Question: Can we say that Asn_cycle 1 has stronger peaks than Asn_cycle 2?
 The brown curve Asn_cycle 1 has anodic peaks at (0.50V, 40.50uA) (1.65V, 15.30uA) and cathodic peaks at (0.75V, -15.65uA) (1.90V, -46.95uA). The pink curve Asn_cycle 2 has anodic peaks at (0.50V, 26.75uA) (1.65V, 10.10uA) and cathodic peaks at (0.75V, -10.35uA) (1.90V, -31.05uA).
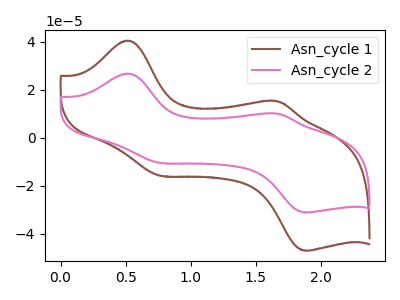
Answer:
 <answer>Every peak in "Asn_cycle 1" is higher than every peak in "Asn_cycle 2".</answer>
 <eval>higher</eval>